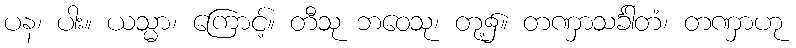
ပန၊ ပါး။ ယသ္မာ၊ ကြောင့်။ တီသု ဘဝေသု၊ တု့၌။ တဏှာသင်္ခါတံ၊ တဏှာဟု